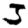
Digit: 3